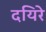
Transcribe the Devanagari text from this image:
दयिरे